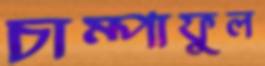
চাম্পাফুল